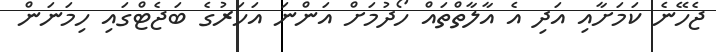
ޖެހޭނެ ކަމަށާއި އަދި އެ އާލާތްތައް ހޯދުމަށް އަންނަ އަހަރުގެ ބަޖެޓްގައި ހިމަނަން